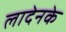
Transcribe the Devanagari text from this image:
लादेनके